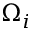
\Omega _ { i }